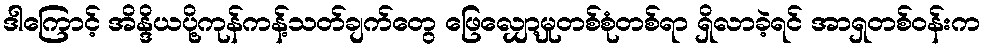
ဒါကြောင့် အိန္ဒိယပို့ကုန်ကန့်သတ်ချက်တွေ ဖြေလျှော့မှုတစ်စုံတစ်ရာ ရှိလာခဲ့ရင် အာရှတစ်ဝန်းက